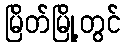
မြိတ်မြို့တွင်